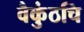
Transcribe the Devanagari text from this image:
वैकुंठचि